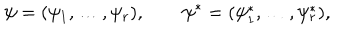
\psi = ( \psi _ { 1 } , \ldots , \psi _ { r } ) , \qquad \psi ^ { * } = ( \psi _ { 1 } ^ { * } , \ldots , \psi _ { r } ^ { * } ) ,